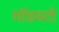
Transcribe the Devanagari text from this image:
गॉडस्टो